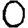
Digit: 0